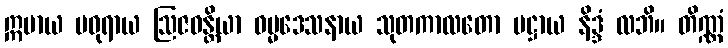
ဣမာယ မဓုရာယ ဩဇဝန္တိယာ ဓမ္မဒေသနာယ သုတကာလတော ပဋ္ဌာယ နိဒ္ဒံ လဘိ။ တိဏ္ဏံ